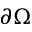
\partial \Omega